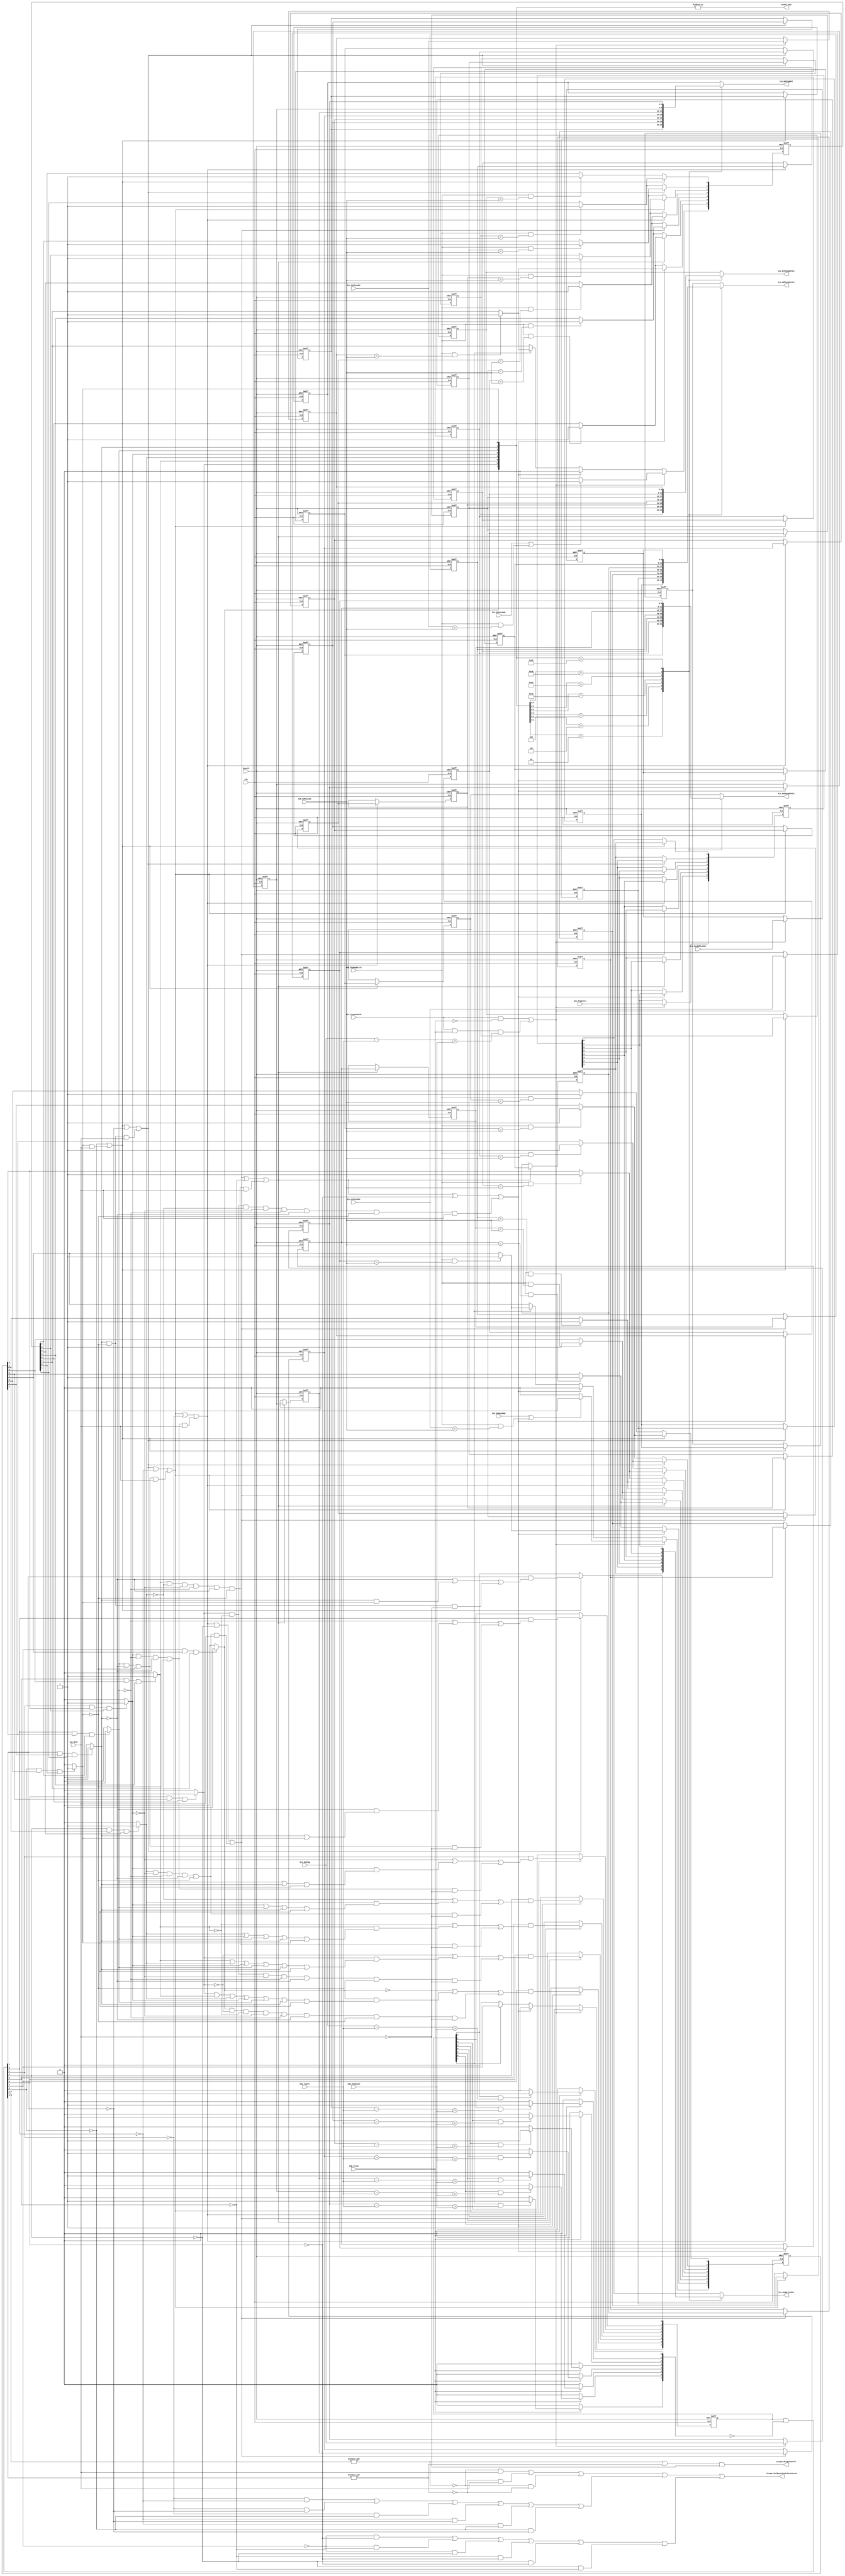
`timescale 1ps/1ps
module Mult_IssueQueue(
    input Clk,
    input Resetb,
//Information to be captured from the Write port of Physical Register file
    input [5:0] Cdb_RdPhyAddr,
    input Cdb_PhyRegWrite,
//Information from the Dispatch Unit
    input Dis_Issquenable,
    input Dis_RsDataRdy,
    input Dis_RtDataRdy,
    input Dis_RegWrite,
    input [5:0] Dis_RsPhyAddr,
    input [5:0] Dis_RtPhyAddr,
    input [5:0] Dis_NewRdPhyAddr,
    input [4:0] Dis_RobTag,
    output Issque_MulQueueFull,
    output Issque_MulQueueTwoOrMoreVacant,
// Interface with the Issue Unit
    output IssMul_Rdy,
    input Iss_Mult,
//Interface with the Physical Register File
    output reg [5:0] Iss_RsPhyAddrMul,
    output reg [5:0] Iss_RtPhyAddrMul,
//Interface with the Execution unit
    output reg [5:0] Iss_RdPhyAddrMul,
    output reg [4:0] Iss_RobTagMul,
    output reg Iss_RegWriteMul,
//Interface with ROB
    input Cdb_Flush,
    input [4:0] Rob_TopPtr,
    input [4:0] Cdb_RobDepth
);
    integer i;
    //Issue queue 
    reg [7:0] IssuequeInstrValReg, IssuequeRegWrite, IssuequeRtReadyReg, IssuequeRsReadyReg;
    reg [5:0] IssuequeRsPhyAddrReg [7:0];
    reg [5:0] IssuequeRtPhyAddrReg [7:0];
    reg [5:0] IssuequeRdPhyAddrReg [7:0];
    reg [4:0] IssuequeRobTag [7:0];
    ////////////////////////////////////////////
    //combinational logic
    reg [7:0] Flush, Valid_AfterFlush, Ready_Issue;
    reg [6:0] Shift_En;
    ////////////////////////////////////////////////////////
    wire Upper4_Full,Lower4_Full, Upper4_2More, Lower4_2More;
    assign Upper4_Full=&Valid_AfterFlush[7:4];
    assign Lower4_Full=&Valid_AfterFlush[3:0];
    assign Upper4_2More=!Valid_AfterFlush[7]&&!Valid_AfterFlush[6]||!Valid_AfterFlush[7]&&!Valid_AfterFlush[5]||!Valid_AfterFlush[7]&&!Valid_AfterFlush[4]||!Valid_AfterFlush[5]&&!Valid_AfterFlush[6]||!Valid_AfterFlush[4]&&!Valid_AfterFlush[6]||!Valid_AfterFlush[4]&&!Valid_AfterFlush[5];
    assign Lower4_2More=!Valid_AfterFlush[3]&&!Valid_AfterFlush[2]||!Valid_AfterFlush[3]&&!Valid_AfterFlush[1]||!Valid_AfterFlush[3]&&!Valid_AfterFlush[0]||!Valid_AfterFlush[2]&&!Valid_AfterFlush[1]||!Valid_AfterFlush[2]&&!Valid_AfterFlush[0]||!Valid_AfterFlush[0]&&!Valid_AfterFlush[1];
    assign Issque_MulQueueTwoOrMoreVacant=!Upper4_Full&&Iss_Mult||!Lower4_Full&&Iss_Mult||!Upper4_Full&&!Lower4_Full||Lower4_2More||Upper4_2More;
    assign Issque_MulQueueFull=Upper4_Full&&Lower4_Full&&!Iss_Mult;
    ///////////////////////////////////////////////////////
    assign IssMul_Rdy=|Ready_Issue;
    ///////////////////////////////////////////////////////
    //generate above combinational logic signals
    always@(*)begin
        Flush='b0;
        Ready_Issue='b0;
        if(Cdb_Flush)begin
            for(i=0;i<8;i=i+1)begin
                if(IssuequeInstrValReg[i]&&(IssuequeRobTag[i]-Rob_TopPtr>Cdb_RobDepth))begin
                    Flush[i]=1'b1;
                end
            end
        end
        Valid_AfterFlush=IssuequeInstrValReg&(~Flush);
        /////////////////////////////////////////////////////
        //generate ready issue signal
        //ready issueready bitreadybitdataentry7entry710
        //entryready bitx,valid bitissue ready issueissuexvalidx
        //ready issuevalidissuevalid bit,readybit
        for(i=0;i<8;i=i+1)begin
            if(Valid_AfterFlush[i]&&IssuequeRsReadyReg[i]&&IssuequeRtReadyReg[i])begin
                Ready_Issue[i]=1'b1;
            end
        end
        //////////////////////////////////////////////////////
        //generate shift enable signals
        Shift_En[0]=!Valid_AfterFlush[0]||Ready_Issue[0]&&Iss_Mult;//valid_afterflush ready_issue
        Shift_En[1]=Shift_En[0]||!Valid_AfterFlush[1]||Ready_Issue[1]&&!Ready_Issue[0]&&Iss_Mult;
        Shift_En[2]=Shift_En[1]||!Valid_AfterFlush[2]||Ready_Issue[2]&&!Ready_Issue[1]&&!Ready_Issue[0]&&Iss_Mult;
        Shift_En[3]=Shift_En[2]||!Valid_AfterFlush[3]||Ready_Issue[3]&&!Ready_Issue[2]&&!Ready_Issue[1]&&!Ready_Issue[0]&&Iss_Mult;
        Shift_En[4]=Shift_En[3]||!Valid_AfterFlush[4]||Ready_Issue[4]&&!Ready_Issue[3]&&!Ready_Issue[2]&&!Ready_Issue[1]&&!Ready_Issue[0]&&Iss_Mult;
        Shift_En[5]=Shift_En[4]||!Valid_AfterFlush[5]||Ready_Issue[5]&&!Ready_Issue[4]&&!Ready_Issue[3]&&!Ready_Issue[2]&&!Ready_Issue[1]&&!Ready_Issue[0]&&Iss_Mult;
        Shift_En[6]=Shift_En[5]||!Valid_AfterFlush[6]||Ready_Issue[6]&&!Ready_Issue[5]&&!Ready_Issue[4]&&!Ready_Issue[3]&&!Ready_Issue[2]&&!Ready_Issue[1]&&!Ready_Issue[0]&&Iss_Mult;
    end
    ////////////////////////////////////
    //entry update logic, validbit readybit
    always@(posedge Clk, negedge Resetb)begin
        if(!Resetb)begin
            IssuequeInstrValReg<='b0;
            IssuequeRegWrite<='bx; 
            IssuequeRtReadyReg<='bx; 
            IssuequeRsReadyReg<='bx;
            for(i=0;i<8;i=i+1)begin
                IssuequeRsPhyAddrReg[i]<='bx;
                IssuequeRtPhyAddrReg[i]<='bx;
                IssuequeRdPhyAddrReg[i]<='bx;
                IssuequeRobTag[i]<='bx;
            end
        end else begin
            //entry0-6
            for(i=1;i<8;i=i+1)begin
                if(Shift_En[i-1])begin
                    IssuequeRegWrite[i-1]<=IssuequeRegWrite[i]; 
                    IssuequeRsPhyAddrReg[i-1]<=IssuequeRsPhyAddrReg[i];
                    IssuequeRtPhyAddrReg[i-1]<=IssuequeRtPhyAddrReg[i];
                    IssuequeRdPhyAddrReg[i-1]<=IssuequeRdPhyAddrReg[i];
                    IssuequeRobTag[i-1]<=IssuequeRobTag[i];
                    IssuequeRtReadyReg[i-1]<=IssuequeRtReadyReg[i]; 
                    IssuequeRsReadyReg[i-1]<=IssuequeRsReadyReg[i];
                    //update ready bit
                    if(Cdb_PhyRegWrite&&IssuequeRsPhyAddrReg[i]==Cdb_RdPhyAddr)begin
                        IssuequeRsReadyReg[i-1]<=1'b1;
                    end else begin
                        IssuequeRsReadyReg[i-1]<=IssuequeRsReadyReg[i];
                    end
                    if(Cdb_PhyRegWrite&&IssuequeRtPhyAddrReg[i]==Cdb_RdPhyAddr)begin
                        IssuequeRtReadyReg[i-1]<=1'b1;
                    end else begin
                        IssuequeRtReadyReg[i-1]<=IssuequeRtReadyReg[i];
                    end
                end else begin
                    if(Cdb_PhyRegWrite&&IssuequeRsPhyAddrReg[i-1]==Cdb_RdPhyAddr)begin
                        IssuequeRsReadyReg[i-1]<=1'b1;
                    end
                    if(Cdb_PhyRegWrite&&IssuequeRtPhyAddrReg[i-1]==Cdb_RdPhyAddr)begin
                        IssuequeRtReadyReg[i-1]<=1'b1;
                    end
                end
            end
            /////////////////////
            //entry0-6 valid bit update
            if(Shift_En[0])begin
                IssuequeInstrValReg[0]<=Valid_AfterFlush[1]&&(!Ready_Issue[1]||Ready_Issue[1]&&Ready_Issue[0]||Ready_Issue[1]&&!Ready_Issue[0]&&!Iss_Mult);
            end
             if(Shift_En[1])begin
                IssuequeInstrValReg[1]<=Valid_AfterFlush[2]&&(!Ready_Issue[2]||Ready_Issue[2]&&(Ready_Issue[1]||Ready_Issue[0])||Ready_Issue[2]&&!Ready_Issue[1]&&!Ready_Issue[0]&&!Iss_Mult);
            end
            if(Shift_En[2])begin
                IssuequeInstrValReg[2]<=Valid_AfterFlush[3]&&(!Ready_Issue[3]||Ready_Issue[3]&&(Ready_Issue[2]||Ready_Issue[1]||Ready_Issue[0])||Ready_Issue[3]&&!Ready_Issue[2]&&!Ready_Issue[1]&&!Ready_Issue[0]&&!Iss_Mult);
            end
            if(Shift_En[3])begin
                IssuequeInstrValReg[3]<=Valid_AfterFlush[4]&&(!Ready_Issue[4]||Ready_Issue[4]&&(Ready_Issue[3]||Ready_Issue[2]||Ready_Issue[1]||Ready_Issue[0])||Ready_Issue[4]&&!Ready_Issue[3]&&!Ready_Issue[2]&&!Ready_Issue[1]&&!Ready_Issue[0]&&!Iss_Mult);
            end
            if(Shift_En[4])begin
                IssuequeInstrValReg[4]<=Valid_AfterFlush[5]&&(!Ready_Issue[5]||Ready_Issue[5]&&(Ready_Issue[4]||Ready_Issue[3]||Ready_Issue[2]||Ready_Issue[1]||Ready_Issue[0])||Ready_Issue[5]&&!Ready_Issue[4]&&!Ready_Issue[3]&&!Ready_Issue[2]&&!Ready_Issue[1]&&!Ready_Issue[0]&&!Iss_Mult);
            end
            if(Shift_En[5])begin
                IssuequeInstrValReg[5]<=Valid_AfterFlush[6]&&(!Ready_Issue[6]||Ready_Issue[6]&&(Ready_Issue[5]||Ready_Issue[4]||Ready_Issue[3]||Ready_Issue[2]||Ready_Issue[1]||Ready_Issue[0])||Ready_Issue[6]&&!Ready_Issue[5]&&!Ready_Issue[3]&&!Ready_Issue[2]&&!Ready_Issue[1]&&!Ready_Issue[0]&&!Iss_Mult);
            end
            if(Shift_En[6])begin
                IssuequeInstrValReg[6]<=Valid_AfterFlush[7]&&(!Ready_Issue[7]||Ready_Issue[7]&&(Ready_Issue[6]||Ready_Issue[5]||Ready_Issue[4]||Ready_Issue[3]||Ready_Issue[2]||Ready_Issue[1]||Ready_Issue[0])||Ready_Issue[7]&&!Ready_Issue[6]&&!Ready_Issue[5]&&!Ready_Issue[3]&&!Ready_Issue[2]&&!Ready_Issue[1]&&!Ready_Issue[0]&&!Iss_Mult);
            end
            ///////////////////////////////////////////////////////
            //entry 7 update
            if(Dis_Issquenable&&!Cdb_Flush||Dis_Issquenable&&Cdb_Flush&&Dis_RobTag-Rob_TopPtr<Cdb_RobDepth)begin
                IssuequeInstrValReg[7]<=1'b1;
                IssuequeRegWrite[7]<=Dis_RegWrite; 
                IssuequeRsPhyAddrReg[7]<=Dis_RsPhyAddr;
                IssuequeRtPhyAddrReg[7]<=Dis_RtPhyAddr;
                IssuequeRdPhyAddrReg[7]<=Dis_NewRdPhyAddr;
                IssuequeRobTag[7]<=Dis_RobTag;
                if(Dis_RsDataRdy||Cdb_PhyRegWrite&&Dis_RsPhyAddr==Cdb_RdPhyAddr)begin
                    IssuequeRsReadyReg[7]<=1'b1;
                end else begin
                    IssuequeRsReadyReg[7]<=1'b0;
                end
                if(Dis_RtDataRdy||Cdb_PhyRegWrite&&Dis_RtPhyAddr==Cdb_RdPhyAddr)begin
                    IssuequeRtReadyReg[7]<=1'b1; 
                end else begin
                    IssuequeRtReadyReg[7]<=1'b0; 
                end
            end else if(Shift_En[6])begin
                IssuequeInstrValReg[7]<=1'b0;
                IssuequeRsReadyReg[7]<=1'b0;
                IssuequeRtReadyReg[7]<=1'b0;       
            end  else if(IssuequeInstrValReg[7]) begin//valid,ready bit
                IssuequeInstrValReg[7]<=Valid_AfterFlush[7];
                if(Cdb_PhyRegWrite&&IssuequeRsPhyAddrReg[7]==Cdb_RdPhyAddr)begin
                    IssuequeRsReadyReg[7]<=1'b1; 
                end
                if(Cdb_PhyRegWrite&&IssuequeRtPhyAddrReg[7]==Cdb_RdPhyAddr)begin
                    IssuequeRtReadyReg[7]<=1'b1; 
                end
            end
        end
    end
    //////////////////////////////////////////////////////////////
    //select output entry
    always @(*) begin
        casez(Ready_Issue)
            8'bzzzz_zz10:begin
                Iss_RsPhyAddrMul=IssuequeRsPhyAddrReg[1];
                Iss_RtPhyAddrMul=IssuequeRtPhyAddrReg[1];
                Iss_RdPhyAddrMul=IssuequeRdPhyAddrReg[1];
                Iss_RobTagMul=IssuequeRobTag[1];
                Iss_RegWriteMul=IssuequeRegWrite[1];
            end
            8'bzzzz_z100:begin
                Iss_RsPhyAddrMul=IssuequeRsPhyAddrReg[2];
                Iss_RtPhyAddrMul=IssuequeRtPhyAddrReg[2];
                Iss_RdPhyAddrMul=IssuequeRdPhyAddrReg[2];
                Iss_RobTagMul=IssuequeRobTag[2];
                Iss_RegWriteMul=IssuequeRegWrite[2];
            end
            8'bzzzz_1000:begin
                Iss_RsPhyAddrMul=IssuequeRsPhyAddrReg[3];
                Iss_RtPhyAddrMul=IssuequeRtPhyAddrReg[3];
                Iss_RdPhyAddrMul=IssuequeRdPhyAddrReg[3];
                Iss_RobTagMul=IssuequeRobTag[3];
                Iss_RegWriteMul=IssuequeRegWrite[3];
            end
            8'bzzz1_0000:begin
                Iss_RsPhyAddrMul=IssuequeRsPhyAddrReg[4];
                Iss_RtPhyAddrMul=IssuequeRtPhyAddrReg[4];
                Iss_RdPhyAddrMul=IssuequeRdPhyAddrReg[4];
                Iss_RobTagMul=IssuequeRobTag[4];
                Iss_RegWriteMul=IssuequeRegWrite[4];
            end
            8'bzz10_0000:begin
                Iss_RsPhyAddrMul=IssuequeRsPhyAddrReg[5];
                Iss_RtPhyAddrMul=IssuequeRtPhyAddrReg[5];
                Iss_RdPhyAddrMul=IssuequeRdPhyAddrReg[5];
                Iss_RobTagMul=IssuequeRobTag[5];
                Iss_RegWriteMul=IssuequeRegWrite[5];
            end
            8'bz100_0000:begin
                Iss_RsPhyAddrMul=IssuequeRsPhyAddrReg[6];
                Iss_RtPhyAddrMul=IssuequeRtPhyAddrReg[6];
                Iss_RdPhyAddrMul=IssuequeRdPhyAddrReg[6];
                Iss_RobTagMul=IssuequeRobTag[6];
                Iss_RegWriteMul=IssuequeRegWrite[6];
            end
            8'b1000_0000:begin
                Iss_RsPhyAddrMul=IssuequeRsPhyAddrReg[7];
                Iss_RtPhyAddrMul=IssuequeRtPhyAddrReg[7];
                Iss_RdPhyAddrMul=IssuequeRdPhyAddrReg[7];
                Iss_RobTagMul=IssuequeRobTag[7];
                Iss_RegWriteMul=IssuequeRegWrite[7];
            end
            default:begin
                Iss_RsPhyAddrMul=IssuequeRsPhyAddrReg[0];
                Iss_RtPhyAddrMul=IssuequeRtPhyAddrReg[0];
                Iss_RdPhyAddrMul=IssuequeRdPhyAddrReg[0];
                Iss_RobTagMul=IssuequeRobTag[0];
                Iss_RegWriteMul=IssuequeRegWrite[0];
            end
        endcase
    end
endmodule